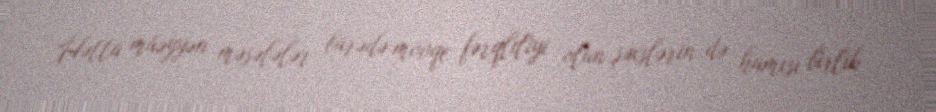
Hətta müəyyən məsələlər barədə mövqe fərqliliyi olan şəxslərin də hamısı birlik